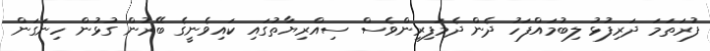
ފުރަތަމަ ދަރިފުޅު ލިބުމައްފަހު ދެން ދެމަފިރިންވެސް ސިއްރިޔާތުގައި ކައިވެނީގެ ބޭރުން ގުޅުން ހިނަގަން